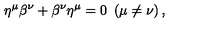
\eta ^ { \mu } \beta ^ { \nu } + \beta ^ { \nu } \eta ^ { \mu } = 0 \ \left( \mu \neq \nu \right) ,